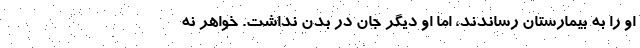
او را به بیمارستان رساندند، اما او دیگر جان در بدن نداشت. خواهر نُه